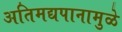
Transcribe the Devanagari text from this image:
अतिमद्यपानामुळे